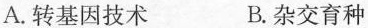
A.转基因技术 B.杂交育种